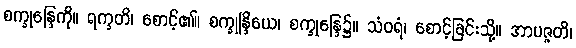
စက္ခုန္ဒြေကို။ ရက္ခတိ၊ စောင့်၏။ စက္ခုန္ဒြိယေ၊ စက္ခုန္ဒြေ၌။ သံဝရံ၊ စောင့်ခြင်းသို့။ အာပဇ္ဇတိ၊